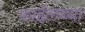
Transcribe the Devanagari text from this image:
फ़ाईलच्या